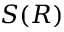
S ( R )